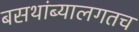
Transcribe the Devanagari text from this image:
बसथांब्यालगतच